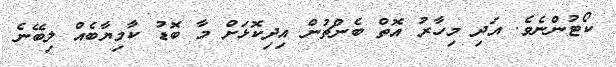
ކޯޓުންނެވެ. އަދި މިހާރު އޮތް ބެންޗުން އިދިކޮޅަށް މާ ބޮޑު ކާމިޔާބެއް ލިބޭނެ